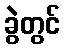
ခွဲတွင်